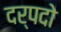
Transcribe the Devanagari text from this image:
दर्पदो